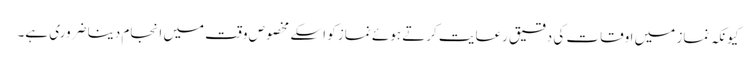
کیونکہ نماز میں اوقات کی دقیق رعایت کرتے ہوئے نماز کو اسکے مخصوص وقت میں انجام دینا ضروری ہے۔